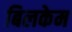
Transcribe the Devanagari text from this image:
बिलकेम